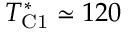
T _ { \mathrm { C 1 } } ^ { * } \simeq 1 2 0